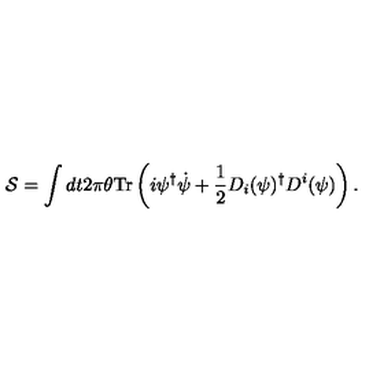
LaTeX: { \cal S } = \int d t 2 \pi \theta \mathrm { T r } \left( i \psi ^ { \dagger } \dot { \psi } + \frac { 1 } { 2 } D _ { i } ( \psi ) ^ { \dagger } D ^ { i } ( \psi ) \right) .